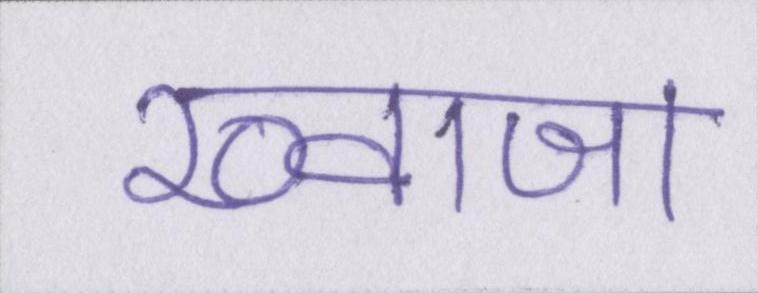
ख्वाजा